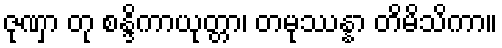
ဇုဏှာ တု စန္ဒိကာယုတ္တာ၊ တမုဿန္နာ တိမိသိကာ။